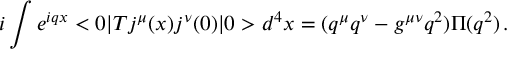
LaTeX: i \int e ^ { i q x } < 0 | T j ^ { \mu } ( x ) j ^ { \nu } ( 0 ) | 0 > d ^ { 4 } x = ( q ^ { \mu } q ^ { \nu } - g ^ { \mu \nu } q ^ { 2 } ) \Pi ( q ^ { 2 } ) \, .